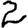
Digit: 2